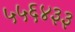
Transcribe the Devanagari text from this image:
५५६४३३